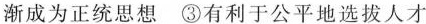
渐成为正统思想③有利于公平地选拔人才